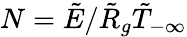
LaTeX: N=\tilde{E}/\tilde{R}_{g}\tilde{T}_{-\infty}